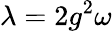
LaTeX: \lambda=2g^{2}\omega